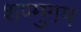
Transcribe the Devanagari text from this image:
शण्मुगम